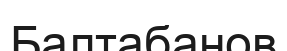
Балтабанов